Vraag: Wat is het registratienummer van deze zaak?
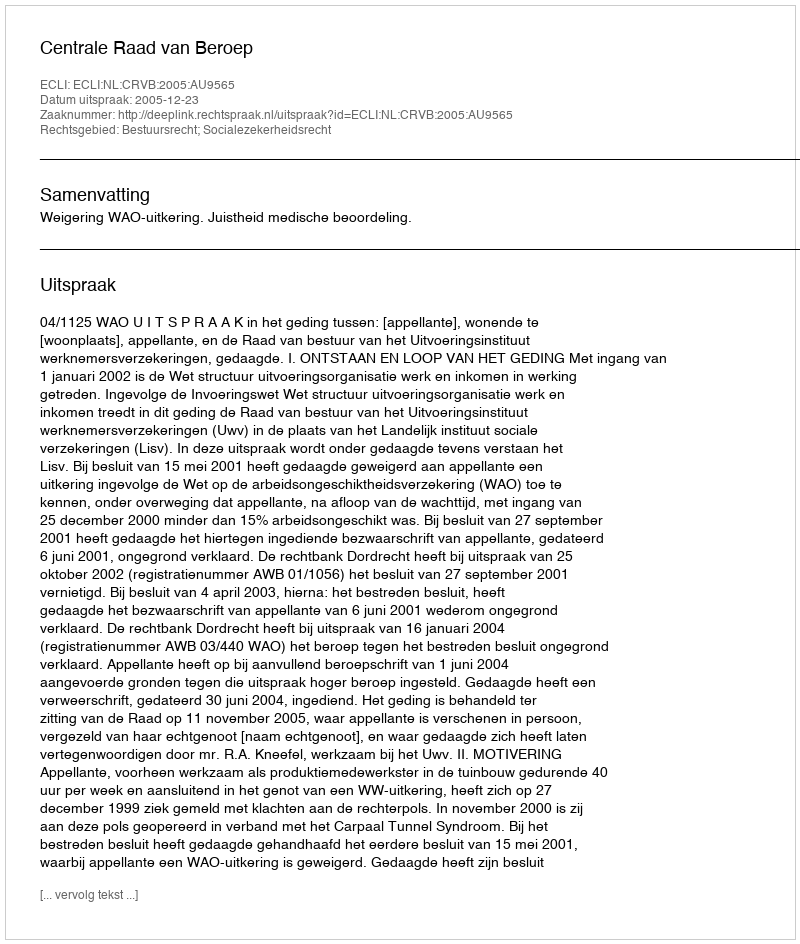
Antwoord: http://deeplink.rechtspraak.nl/uitspraak?id=ECLI:NL:CRVB:2005:AU9565